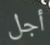
أجل